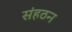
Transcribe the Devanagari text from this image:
संहठन